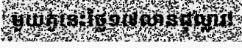
មួយគូនេះថ្លៃ១៧លានដុល្លារ!